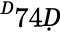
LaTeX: ^Ḋ74Ḍ